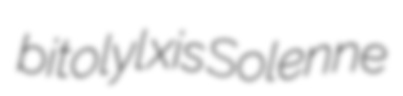
bitolyl xis Solenne